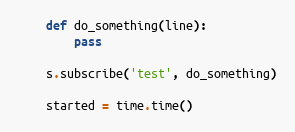
Language: Python
    def do_something(line):
        pass

    s.subscribe('test', do_something)

    started = time.time()